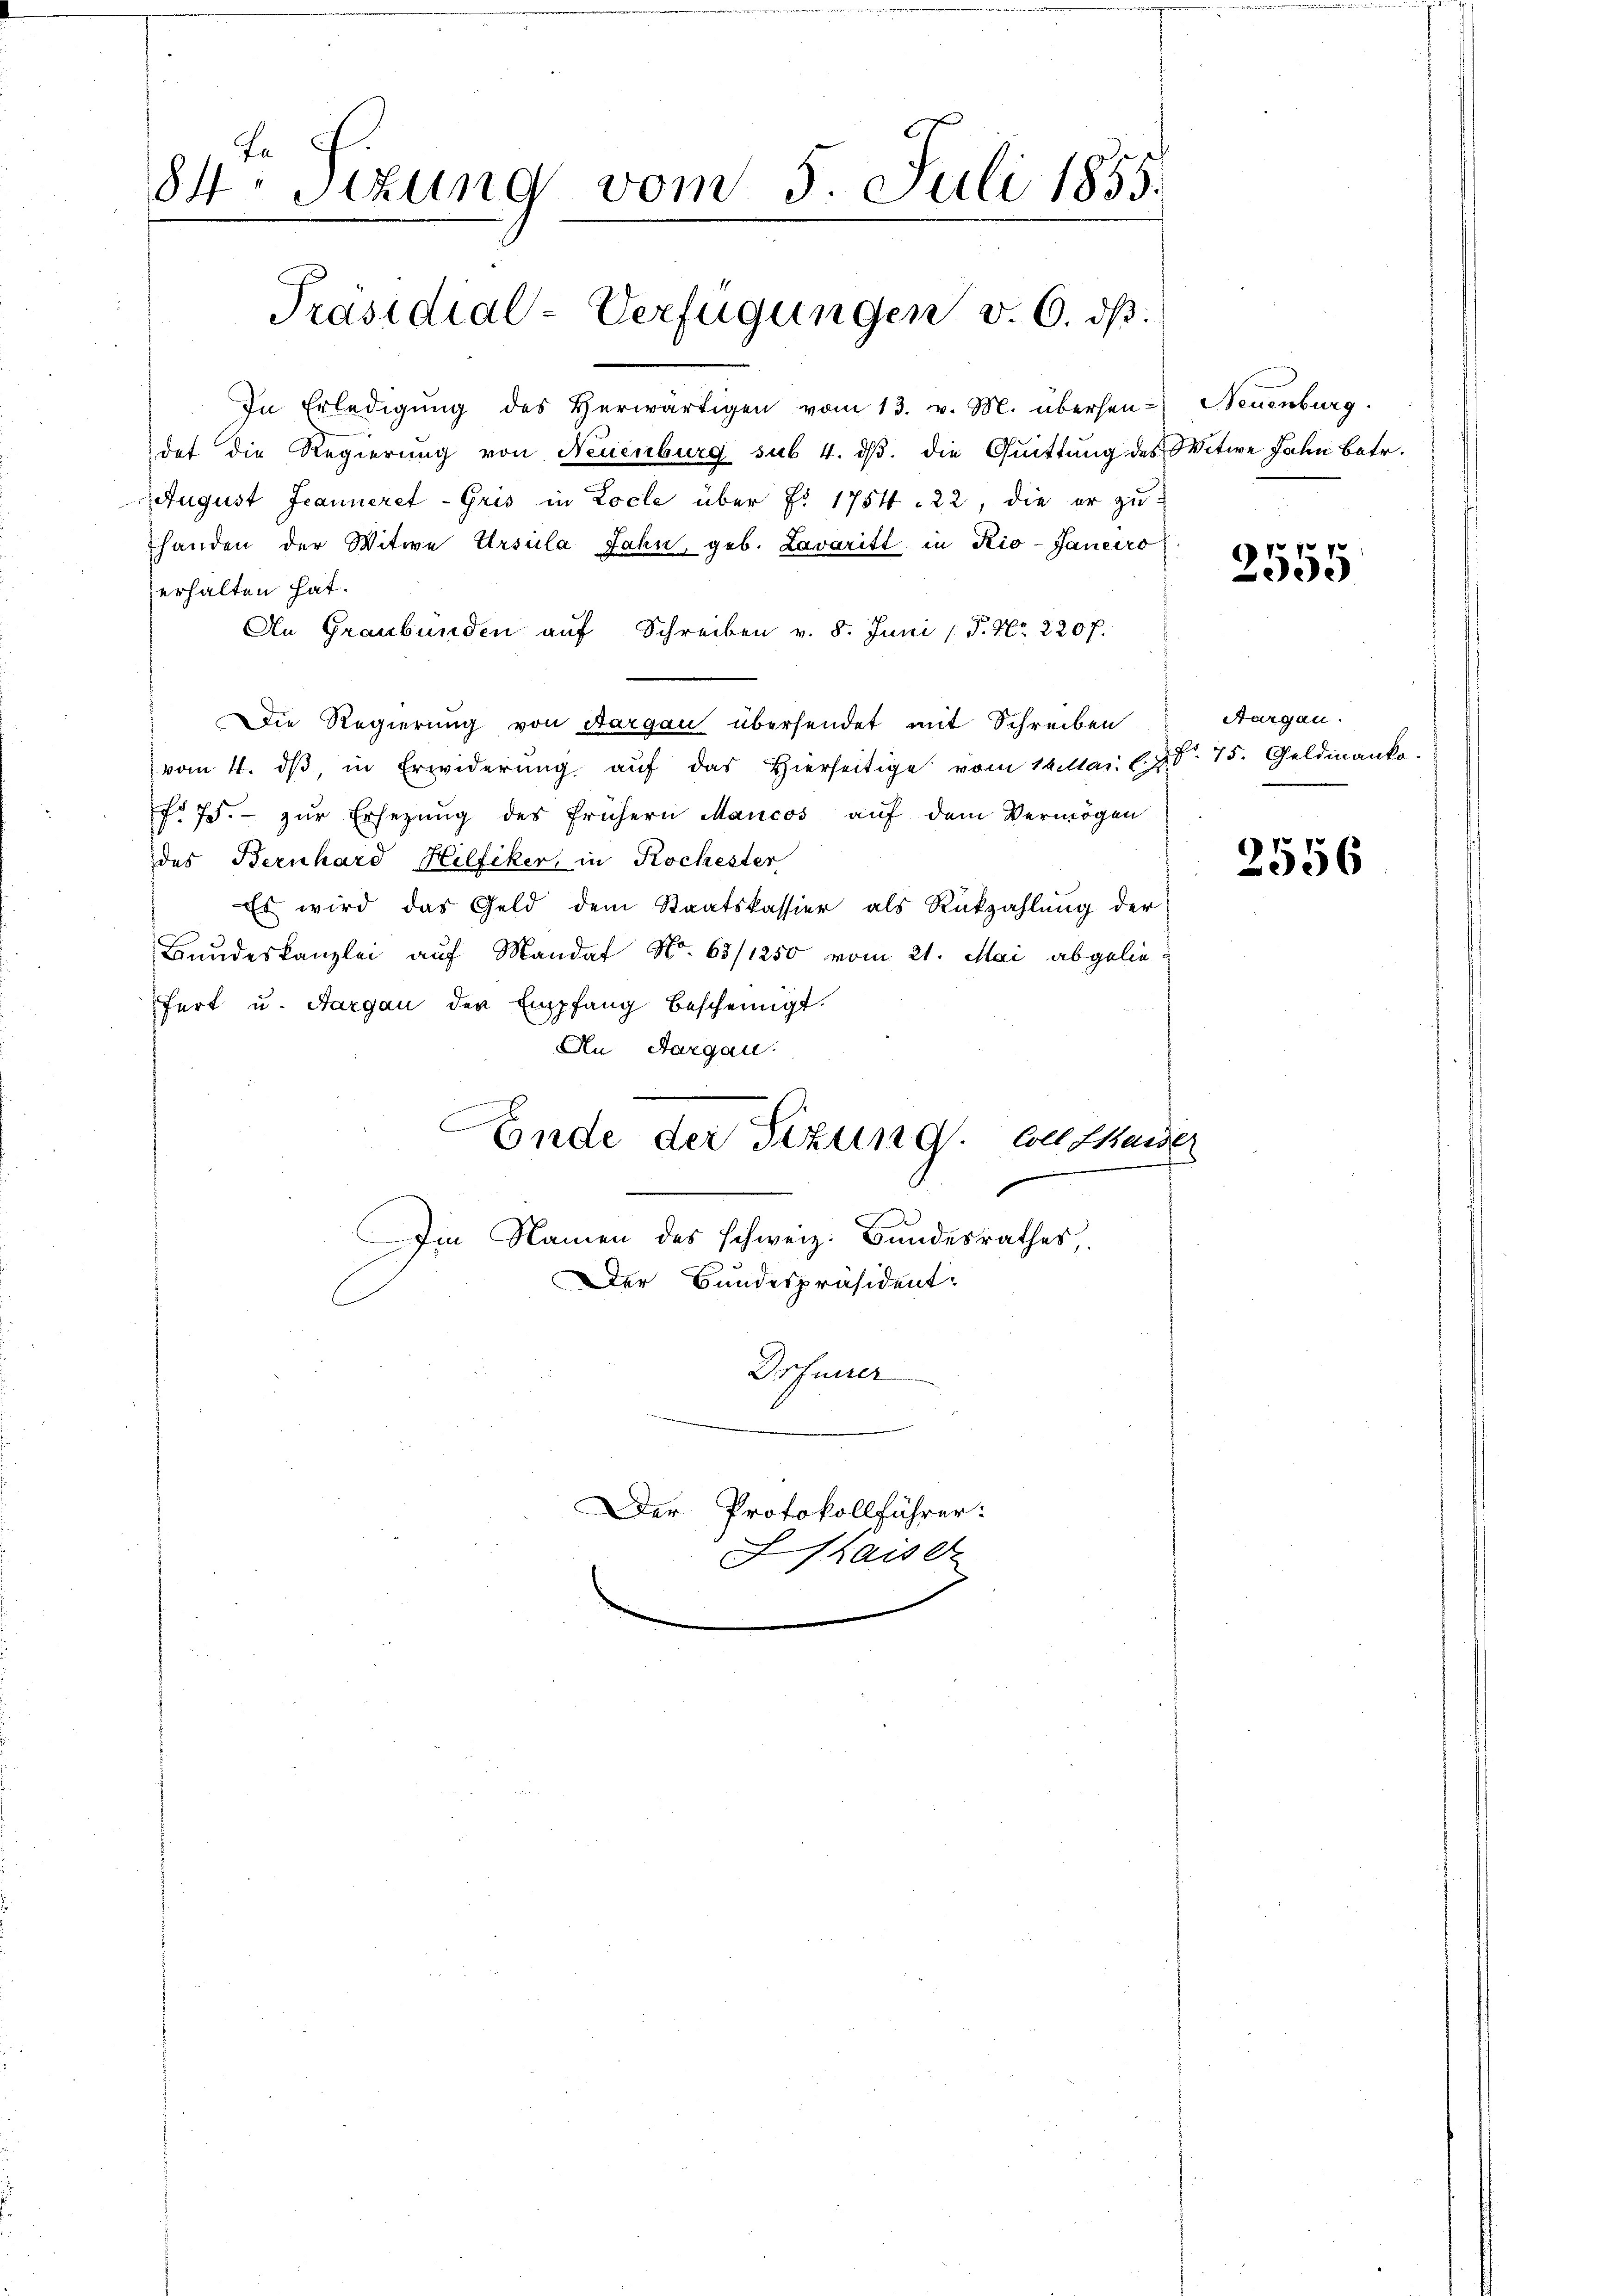
84 Sizung vom 5. Juli 1855.

Präsidial-Verfügungen v. 6. dß.

In Erledigŭng des Herwärtigen vom 13. v. M. übersen-
det die Regierung von Neuenburg sub 4. dβ. die Quittung des Witwe Jahn betr.
August Jeanneret-Gris in Locle über Fr. 1754. 22, die er zu
handen der Witwe Ursula Jahn, geb. Lavaritt in Rio-Janeiro
erhalten hat.
An Graubünden auf Schreiben v. 8. Juni / P. Nr. 2207.
Die Regierung von Aargau übersendet mit Schreiben
vom 4. dβ, in Erwiderŭng aŭf das hierseitige vom 14. Mai l.J.V. 75. Geldmank.
fr 75. zŭr Ersezung des frühern Mancos auf dem Vermögen
des Bernhard Hilfiker, in Kochester
Es wird das Geld dem Staatskassier als Rückzahlung der
Bundeskanzlei auf Mandat No. 63/1250 vom 21. Mai abgeliefert u. Aargau der Empfang bescheinigt.
An Aargau.
C
Ende der Sitzung. Coll Haider
.
Im Namen des schweiz. Bundesrathes,
Der Bundespräsident-
Drfurrer

Der Protokollführer:
haiser

Neuenburg.

2555

Aargau.

2556